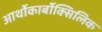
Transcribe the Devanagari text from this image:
आर्थोकार्बोक्सिलिक